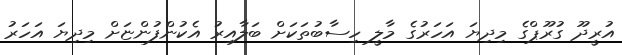
އުރީދޫ ގުރޫޕްގެ މިދިޔަ އަހަރުގެ މާލީ ހިސާބުތަކަށް ބަލާއިރު އެކުންފުންޏަށް މިދިޔަ އަހަރު